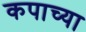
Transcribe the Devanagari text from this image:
कपाच्या